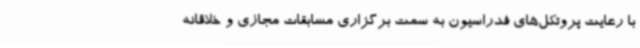
با رعایت پروتکل‌های فدراسیون به سمت برگزاری مسابقات مجازی و خلاقانه